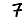
Digit: 7